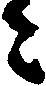
ニ